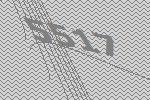
5517